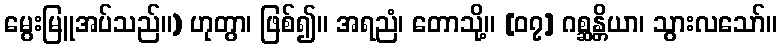
မွေးမြူအပ်သည်။) ဟုတွာ၊ ဖြစ်၍။ အရညံ၊ တောသို့။ [၀၇] ဂစ္ဆန္တိယာ၊ သွားလသော်။